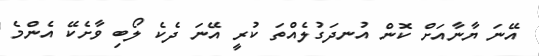
އޭނަ ޔާނާއަށް ކޮން އުނދަގުލެއްތަ ކުރީ އޭނަ ދެކެ ލޯބި ވާށެކޭ އެންމެ